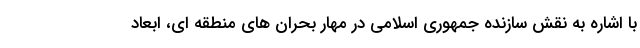
با اشاره به نقش سازنده جمهوری اسلامی در مهار بحران های منطقه ای، ابعاد